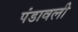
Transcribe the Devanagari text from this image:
पंडावली